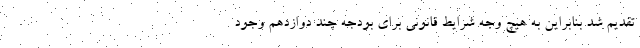
تقدیم شد بنابراین به هیچ وجه شرایط قانونی برای بودجه چند دوازدهم وجود